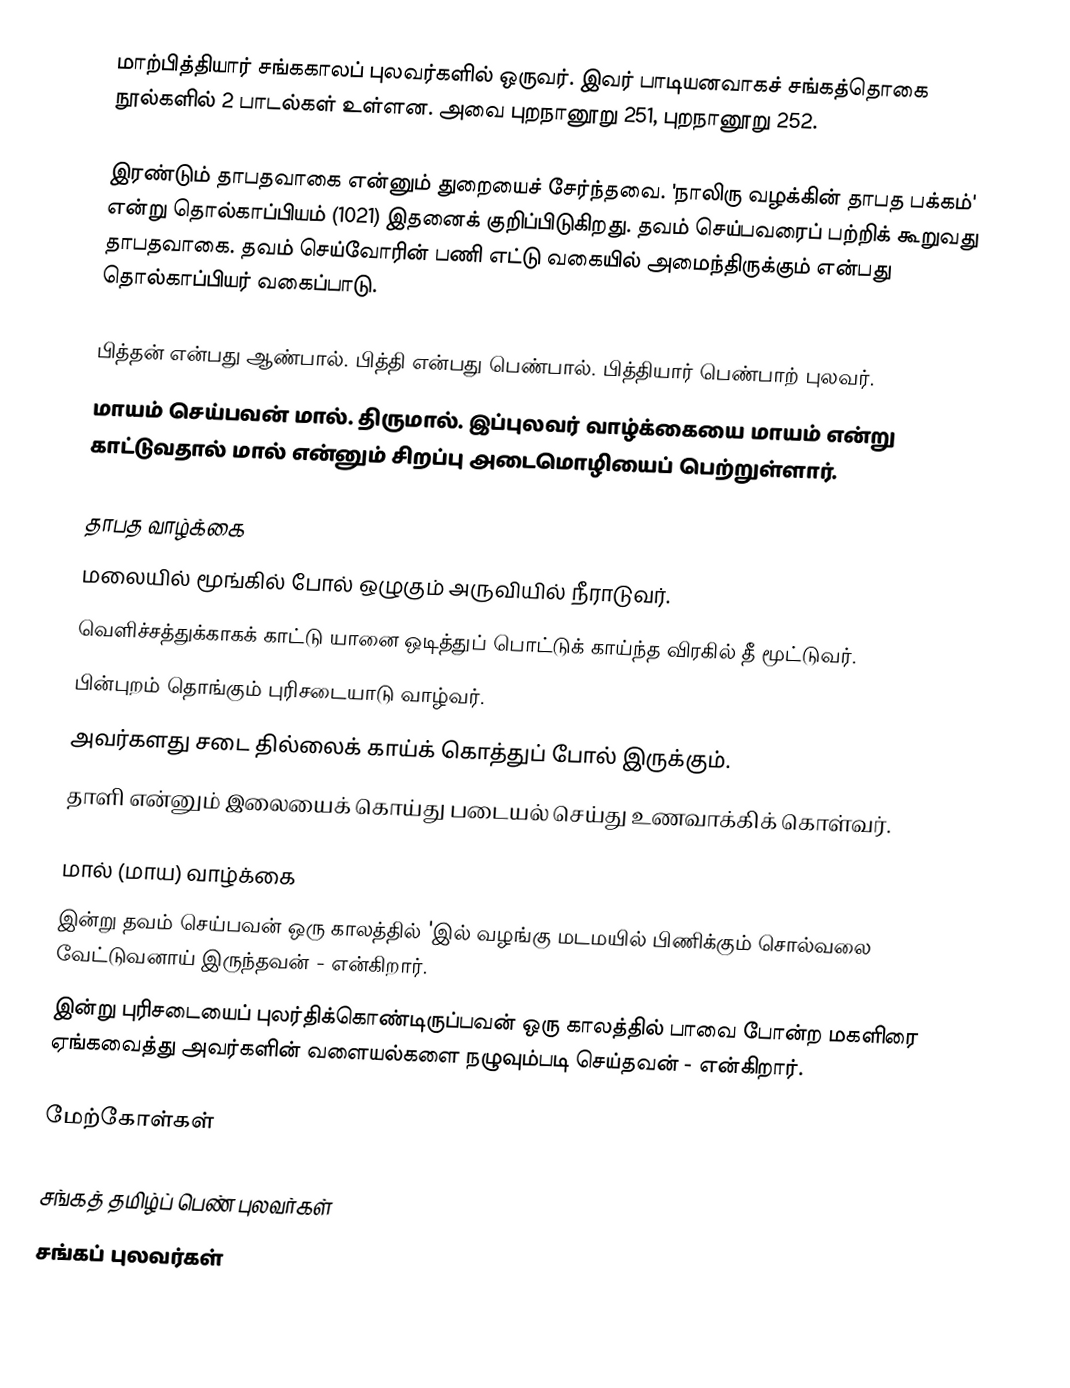
மாற்பித்தியார் சங்ககாலப் புலவர்களில் ஒருவர். இவர் பாடியனவாகச் சங்கத்தொகை நூல்களில் 2 பாடல்கள் உள்ளன. அவை புறநானூறு 251, புறநானூறு 252.

இரண்டும் தாபதவாகை என்னும் துறையைச் சேர்ந்தவை. 'நாலிரு வழக்கின் தாபத பக்கம்' என்று தொல்காப்பியம் (1021) இதனைக் குறிப்பிடுகிறது. தவம் செய்பவரைப் பற்றிக் கூறுவது தாபதவாகை. தவம் செய்வோரின் பணி எட்டு வகையில் அமைந்திருக்கும் என்பது தொல்காப்பியர் வகைப்பாடு.

 பித்தன் என்பது ஆண்பால். பித்தி என்பது பெண்பால். பித்தியார் பெண்பாற் புலவர்.
 மாயம் செய்பவன் மால். திருமால். இப்புலவர் வாழ்க்கையை மாயம் என்று காட்டுவதால் மால் என்னும் சிறப்பு அடைமொழியைப் பெற்றுள்ளார்.

தாபத வாழ்க்கை
 மலையில் மூங்கில் போல் ஒழுகும் அருவியில் நீராடுவர்.
 வெளிச்சத்துக்காகக் காட்டு யானை ஒடித்துப் பொட்டுக் காய்ந்த விரகில் தீ மூட்டுவர்.
 பின்புறம் தொங்கும் புரிசடையாடு வாழ்வர்.
 அவர்களது சடை தில்லைக் காய்க் கொத்துப் போல் இருக்கும்.
 தாளி என்னும் இலையைக் கொய்து படையல் செய்து உணவாக்கிக் கொள்வர்.

மால் (மாய) வாழ்க்கை
 இன்று தவம் செய்பவன் ஒரு காலத்தில் 'இல் வழங்கு மடமயில் பிணிக்கும் சொல்வலை வேட்டுவனாய் இருந்தவன் - என்கிறார்.
 இன்று புரிசடையைப் புலர்திக்கொண்டிருப்பவன் ஒரு காலத்தில் பாவை போன்ற மகளிரை ஏங்கவைத்து அவர்களின் வளையல்களை நழுவும்படி செய்தவன் - என்கிறார்.

மேற்கோள்கள்

சங்கத் தமிழ்ப் பெண் புலவர்கள்
சங்கப் புலவர்கள்